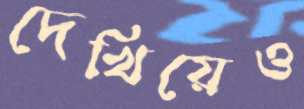
দেখিয়েও